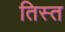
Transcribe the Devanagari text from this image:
तिस्‍त